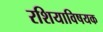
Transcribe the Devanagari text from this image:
रशियाविषयक